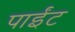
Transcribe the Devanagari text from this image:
पाईंट